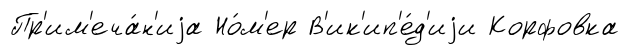
Пр'им'еча́н'иjа Но́м'ер В'ик'ип'е́д'иjи Корфовка